Leprosy in India: report of the Leprosy Commission in India, 1890-91
Year: 1890
Disease focus: Leprosy
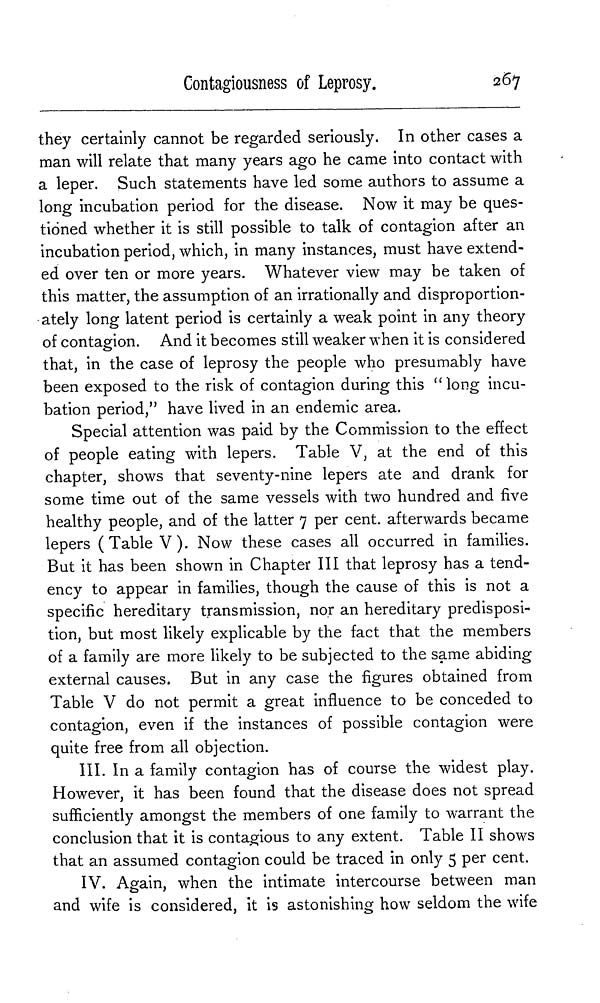
Contagiousness of Leprosy.
267
they certainly cannot be regarded seriously. In other cases a
man will relate that many years ago he came into contact with
a leper. Such statements have led some authors to assume a
long incubation period for the disease. Now it may be ques-
tioned whether it is still possible to talk of contagion after an
incubation period, which, in many instances, must have extend-
ed over ten or more years. Whatever view may be taken of
this matter, the assumption of an irrationally and disproportion-
ately long latent period is certainly a weak point in any theory
of contagion. And it becomes still weaker when it is considered
that, in the case of leprosy the people who presumably have
been exposed to the risk of contagion during this "long incu-
bation period," have lived in an endemic area.
Special attention was paid by the Commission to the effect
of people eating with lepers. Table V, at the end of this
chapter, shows that seventy-nine lepers ate and drank for
some time out of the same vessels with two hundred and five
healthy people, and of the latter 7 per cent. afterwards became
lepers (Table V). Now these cases all occurred in families.
But it has been shown in Chapter III that leprosy has a tend-
ency to appear in families, though the cause of this is not a
specific hereditary transmission, nor an hereditary predisposi-
tion, but most likely explicable by the fact that the members
of a family are more likely to be subjected to the same abiding
external causes. But in any case the figures obtained from
Table V do not permit a great influence to be conceded to
contagion, even if the instances of possible contagion were
quite free from all objection.
III. In a family contagion has of course the widest play.
However, it has been found that the disease does not spread
sufficiently amongst the members of one family to warrant the
conclusion that it is contagious to any extent. Table II shows
that an assumed contagion could be traced in only 5 per cent.
IV. Again, when the intimate intercourse between man
and wife is considered, it is astonishing how seldom the wife